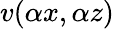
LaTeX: v(\alpha x,\alpha z)